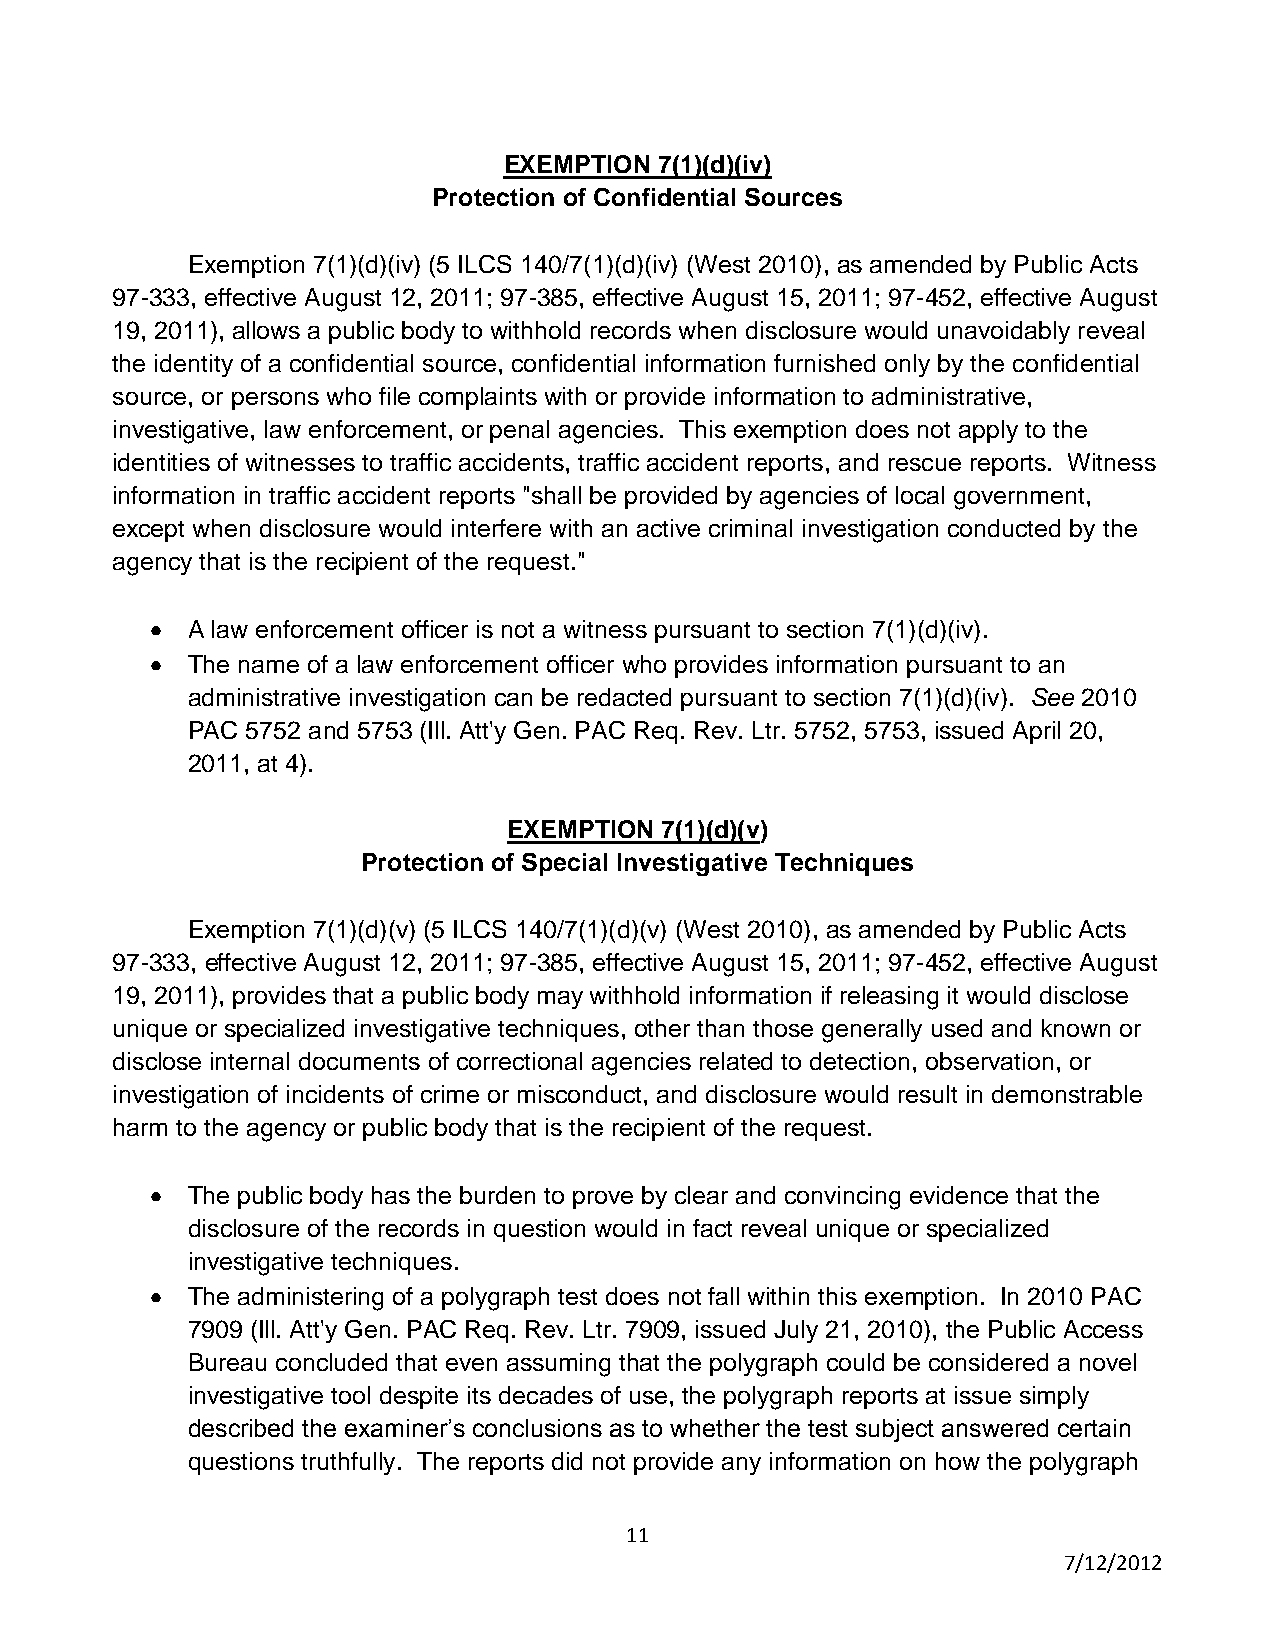
EXEMPTION  7(1)(d)(iv)
 Protection of Confidential Sources
 Exemption 7(1)(d)(iv) (5 ILCS 140/7(1)(d)(iv) (West 2010), as amended by Public Acts
 97-333, effective August 12, 2011; 97-385, effective August 15, 2011; 97-452, effective August
 19, 2011), allows a public body to withhold records when disclosure would unavoidably reveal
 the identity of a confidential source, confidential information furnished only by the confidential
 source, or persons who file complaints with or provide information to administrative,
 investigative, law enforcement, or penal agencies. This exemption does not apply to the
 identities of witnesses to traffic accidents, traffic accident reports, and rescue reports. Witness
 information in traffic accident reports "shall be provided by agencies of local government,
 except when disclosure would interfere with an active criminal investigation conducted by the
 agency that is the recipient of the request."
 A law enforcement officer is not a witness pursuant to section 7(1)(d)(iv).
 The name of a law enforcement officer who provides information pursuant to an
 administrative investigation can be redacted pursuant to section 7(1)(d)(iv). See 2010
 PAC 5752 and 5753 (Ill. Att'y Gen. PAC Req. Rev. Ltr. 5752, 5753, issued April 20,
 2011, at 4).
 EXEMPTION 7(1)(d)(v)
 Protection of Special Investigative Techniques
 Exemption 7(1)(d)(v) (5 ILCS 140/7(1)(d)(v) (West 2010), as amended by Public Acts
 97-333, effective August 12, 2011; 97-385, effective August 15, 2011; 97-452, effective August
 19, 2011), provides that a public body may withhold information if releasing it would disclose
 unique or specialized investigative techniques, other than those generally used and known or
 disclose internal documents of correctional agencies related to detection, observation, or
 investigation of incidents of crime or misconduct, and disclosure would result in demonstrable
 harm to the agency or public body that is the recipient of the request.
 The public body has the burden to prove by clear and convincing evidence that the
 disclosure of the records in question would in fact reveal unique or specialized
 investigative techniques.
 The administering of a polygraph test does not fall within this exemption. In 2010 PAC
 7909 (Ill. Att'y Gen. PAC Req. Rev. Ltr. 7909, issued July 21, 2010), the Public Access
 Bureau concluded that even assuming that the polygraph could be considered a novel
 investigative tool despite its decades of use, the polygraph reports at issue simply
 described the examiner’s conclusions as to whether the test subject answered certain
 questions truthfully. The reports did not provide any information on how the polygraph
 11
 7/12/2012